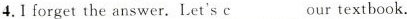
4.I forget the answer. Let's c___ our textbook.